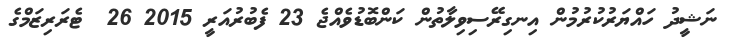
ނަޝީދު ހައްޔަރުކުރުމުން އިނގިރޭސިވިލާތުން ކަންބޮޑުވެއްޖެ 23 ފެބުރުއަރީ 2015 26  ޓެރަރިޒަމްގެ